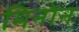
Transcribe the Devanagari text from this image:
मिनोन